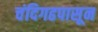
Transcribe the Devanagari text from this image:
चंदिगढपासून